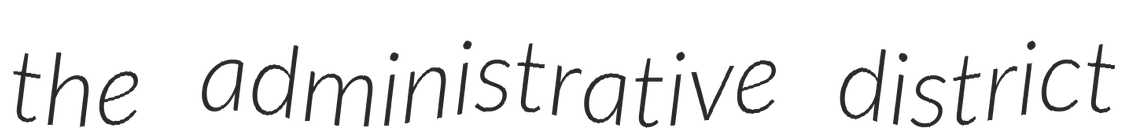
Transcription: the administrative district